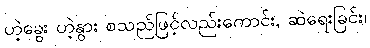
ဟဲ့ခွေး ဟဲ့နွား စသည်ဖြင့်လည်းကောင်း, ဆဲရေးခြင်း၊